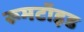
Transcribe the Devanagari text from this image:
रूमटॉइड